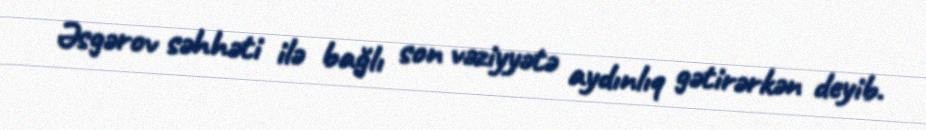
Əsgərov səhhəti ilə bağlı son vəziyyətə aydınlıq gətirərkən deyib.